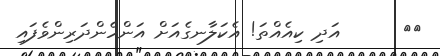
٣٩      އަދި ކިއެއްތަ! އެކަލާނގެއަށް އަންހެންދަރިންވެފައި